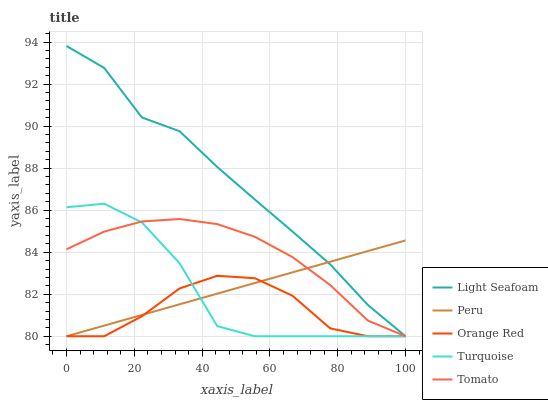
| xaxis_label | Light Seafoam | Peru | Orange Red | Turquoise | Tomato |
 | --- | --- | --- | --- | --- | --- |
 | 0 | 93.8 | 80 | 80 | 86.1 | 84.1 |
 | 11.1 | 92.8 | 80.5 | 80 | 86.3 | 85 |
 | 22.2 | 90.4 | 81 | 81 | 85.4 | 85.5 |
 | 33.3 | 89.8 | 81.5 | 82.3 | 83.5 | 85.6 |
 | 44.4 | 88.1 | 82 | 82.9 | 80.5 | 85.3 |
 | 55.6 | 86.5 | 82.5 | 82.8 | 80 | 84.7 |
 | 66.7 | 85 | 83 | 81.9 | 80 | 83.8 |
 | 77.8 | 83.4 | 83.5 | 80.4 | 80 | 82.4 |
 | 88.9 | 81.5 | 84.1 | 80 | 80 | 80.7 |
 | 100 | 80 | 84.6 | 80 | 80 | 80 |